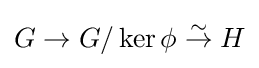
G\to G/\ker \phi \;{\stackrel {\sim }{\to }}\;H